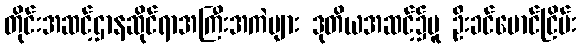
တိုင်းအဆင့်ဌာနဆိုင်ရာအကြီးအကဲများ ဒုတိယအဆင့်၌မူ ဦးခင်မောင်ငြိမ်း